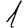
Digit: 1